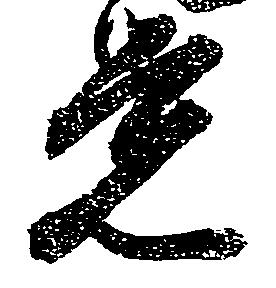
覚